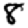
Digit: 8